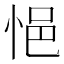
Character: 悒